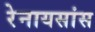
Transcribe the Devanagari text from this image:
रेनायसांस